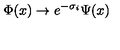
\Phi ( x ) \rightarrow e ^ { - \sigma _ { i } } \Psi ( x )